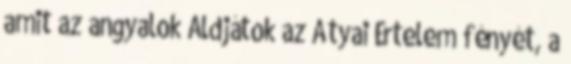
amit az angyalok Áldjátok az Atyai Értelem fényét, a